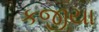
કજીયા